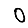
Digit: 0